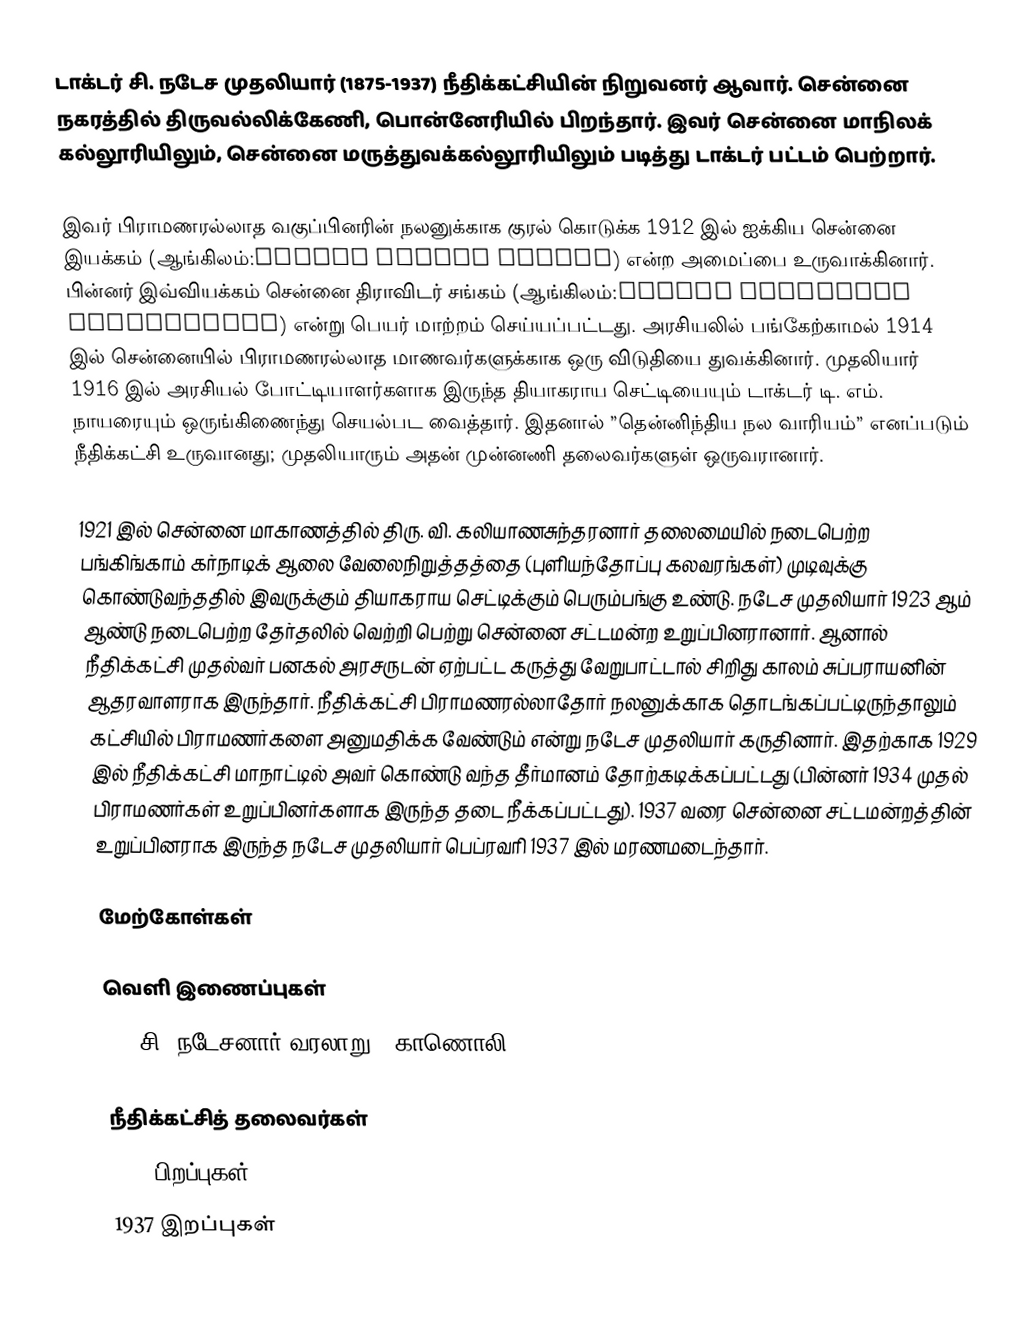
டாக்டர் சி. நடேச முதலியார் (1875-1937) நீதிக்கட்சியின் நிறுவனர் ஆவார். சென்னை நகரத்தில் திருவல்லிக்கேணி, பொன்னேரியில் பிறந்தார். இவர் சென்னை மாநிலக் கல்லூரியிலும், சென்னை மருத்துவக்கல்லூரியிலும் படித்து டாக்டர் பட்டம் பெற்றார்.

இவர் பிராமணரல்லாத வகுப்பினரின் நலனுக்காக குரல் கொடுக்க 1912 இல் ஐக்கிய சென்னை இயக்கம் (ஆங்கிலம்:Madras United League) என்ற அமைப்பை உருவாக்கினார். பின்னர் இவ்வியக்கம் சென்னை திராவிடர் சங்கம் (ஆங்கிலம்:Madras Dravidian Association) என்று பெயர் மாற்றம் செய்யப்பட்டது. அரசியலில் பங்கேற்காமல் 1914 இல் சென்னையில் பிராமணரல்லாத மாணவர்களுக்காக ஒரு விடுதியை துவக்கினார். முதலியார் 1916 இல் அரசியல் போட்டியாளர்களாக இருந்த தியாகராய செட்டியையும் டாக்டர் டி. எம். நாயரையும் ஒருங்கிணைந்து செயல்பட வைத்தார். இதனால் ”தென்னிந்திய நல வாரியம்” எனப்படும் நீதிக்கட்சி உருவானது; முதலியாரும் அதன் முன்னணி தலைவர்களுள் ஒருவரானார்.

1921 இல் சென்னை மாகாணத்தில் திரு. வி. கலியாணசுந்தரனார் தலைமையில் நடைபெற்ற பங்கிங்காம் கர்நாடிக் ஆலை வேலைநிறுத்தத்தை (புளியந்தோப்பு கலவரங்கள்) முடிவுக்கு கொண்டுவந்ததில் இவருக்கும் தியாகராய செட்டிக்கும் பெரும்பங்கு உண்டு. நடேச முதலியார் 1923 ஆம் ஆண்டு நடைபெற்ற தேர்தலில் வெற்றி பெற்று சென்னை சட்டமன்ற உறுப்பினரானார். ஆனால் நீதிக்கட்சி முதல்வர் பனகல் அரசருடன் ஏற்பட்ட கருத்து வேறுபாட்டால் சிறிது காலம் சுப்பராயனின் ஆதரவாளராக இருந்தார். நீதிக்கட்சி பிராமணரல்லாதோர் நலனுக்காக தொடங்கப்பட்டிருந்தாலும் கட்சியில் பிராமணர்களை அனுமதிக்க வேண்டும் என்று நடேச முதலியார் கருதினார். இதற்காக 1929 இல் நீதிக்கட்சி மாநாட்டில் அவர் கொண்டு வந்த தீர்மானம் தோற்கடிக்கப்பட்டது (பின்னர் 1934 முதல் பிராமணர்கள் உறுப்பினர்களாக இருந்த தடை நீக்கப்பட்டது). 1937 வரை சென்னை சட்டமன்றத்தின் உறுப்பினராக இருந்த நடேச முதலியார் பெப்ரவரி 1937 இல் மரணமடைந்தார்.

மேற்கோள்கள்

வெளி இணைப்புகள்
  DR. சி. நடேசனார் வரலாறு  - காணொலி

நீதிக்கட்சித் தலைவர்கள்
1875 பிறப்புகள்
1937 இறப்புகள்